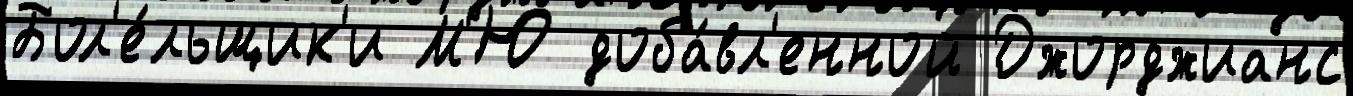
Бол'е́льщик'и М'Ю доба́вл'енной Джорджианс